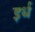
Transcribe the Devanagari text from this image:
इर्ध